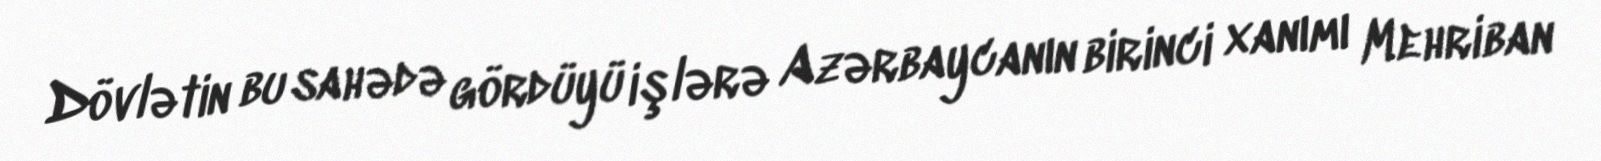
Dövlətin bu sahədə gördüyü işlərə Azərbaycanın birinci xanımı Mehriban